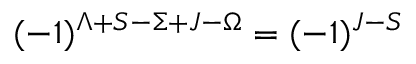
( - 1 ) ^ { \Lambda + S - \Sigma + J - \Omega } = ( - 1 ) ^ { J - S }